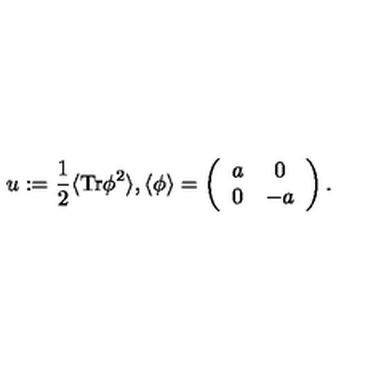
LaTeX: u : = \frac { 1 } { 2 } \langle \mathrm { T r } \phi ^ { 2 } \rangle , \langle \phi \rangle = \left( \begin{array} { c c } { a } & { 0 } \\ { 0 } & { - a } \\ \end{array} \right) .